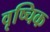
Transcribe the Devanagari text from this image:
वृष्चिक